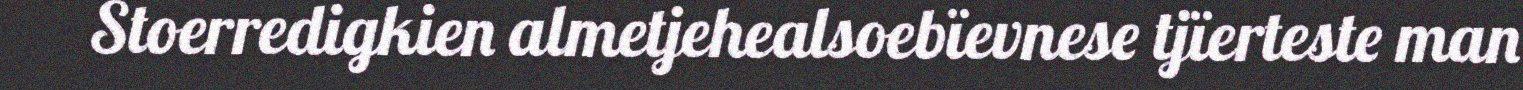
Stoerredigkien almetjehealsoebïevnese tjïerteste man